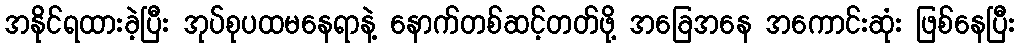
အနိုင်ရထားခဲ့ပြီး အုပ်စုပထမနေရာနဲ့ နောက်တစ်ဆင့်တတ်ဖို့ အခြေအနေ အကောင်းဆုံး ဖြစ်နေပြီး